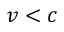
v < c